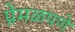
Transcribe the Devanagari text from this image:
प्रेमळपणे